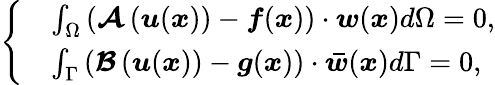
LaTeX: \left\{ \begin{array}{rl}&{\int_{\Omega}\left(\boldsymbol{\mathcal{A}}\left(\boldsymbol{u}(\boldsymbol{x})\right)-\boldsymbol{f}(\boldsymbol{x})\right)\cdot\boldsymbol{w}(\boldsymbol{x})d\Omega=0,}\\ &{\int_{\Gamma}\left(\boldsymbol{\mathcal{B}}\left(\boldsymbol{u}(\boldsymbol{x})\right)-\boldsymbol{g}(\boldsymbol{x})\right)\cdot\boldsymbol{\bar{w}}(\boldsymbol{x})d\Gamma=0,}\end{array}\right.